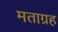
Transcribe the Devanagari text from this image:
मताग्रह